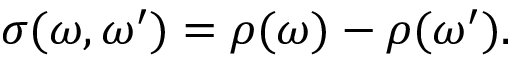
\sigma ( \omega , \omega ^ { \prime } ) = \rho ( \omega ) - \rho ( \omega ^ { \prime } ) .